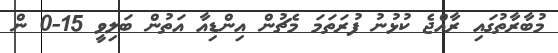
މުބާރާތުގައި ރާއްޖެ ކުޅުނު ފުރަތަމަ މެޗުން އިންޑިއާ އަތުން ބަލިވީ 15-0 ން